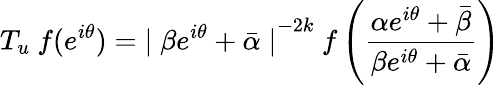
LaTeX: T_{u}~f(e^{i\theta})={\mid\beta e^{i\theta}+\bar{\alpha}\mid}^{-2k}~f\left(\frac{\alpha e^{i\theta}+\bar{\beta}}{\beta e^{i\theta}+\bar{\alpha}}\right)